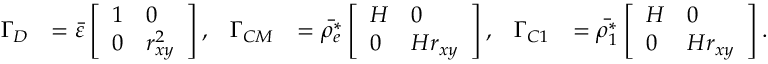
\begin{array} { r l r l r l } { \boldsymbol { \Gamma _ { D } } } & { = \Bar { \varepsilon } \left[ \begin{array} { l l } { 1 } & { 0 } \\ { 0 } & { r _ { x y } ^ { 2 } } \end{array} \right] , } & { \boldsymbol { \Gamma _ { C M } } } & { = \Bar { \rho _ { e } ^ { * } } \left[ \begin{array} { l l } { H } & { 0 } \\ { 0 } & { H r _ { x y } } \end{array} \right] , } & { \boldsymbol { \Gamma _ { C 1 } } } & { = \Bar { \rho _ { 1 } ^ { * } } \left[ \begin{array} { l l } { H } & { 0 } \\ { 0 } & { H r _ { x y } } \end{array} \right] . } \end{array}